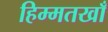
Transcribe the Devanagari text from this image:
हिम्मतखाँ